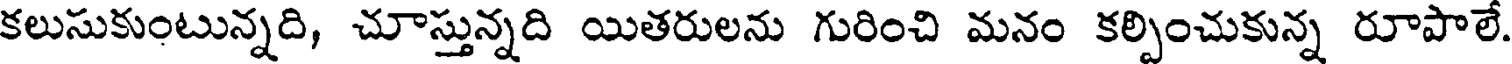
కలుసుకుంటున్నది, చూస్తున్నది యితరులను గురించి మనం కల్పించుకున్న రూపాలే